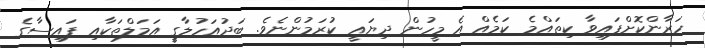
ހަރާންކޮށްފައިވާ ކިތައްމެ ކަމެއް އެ މީހުން ދިޔައީ ކުރަމުންނެވެ. ބަދުއަހުލާގީ އަމަލްތަކާއި ފައިސާގެ